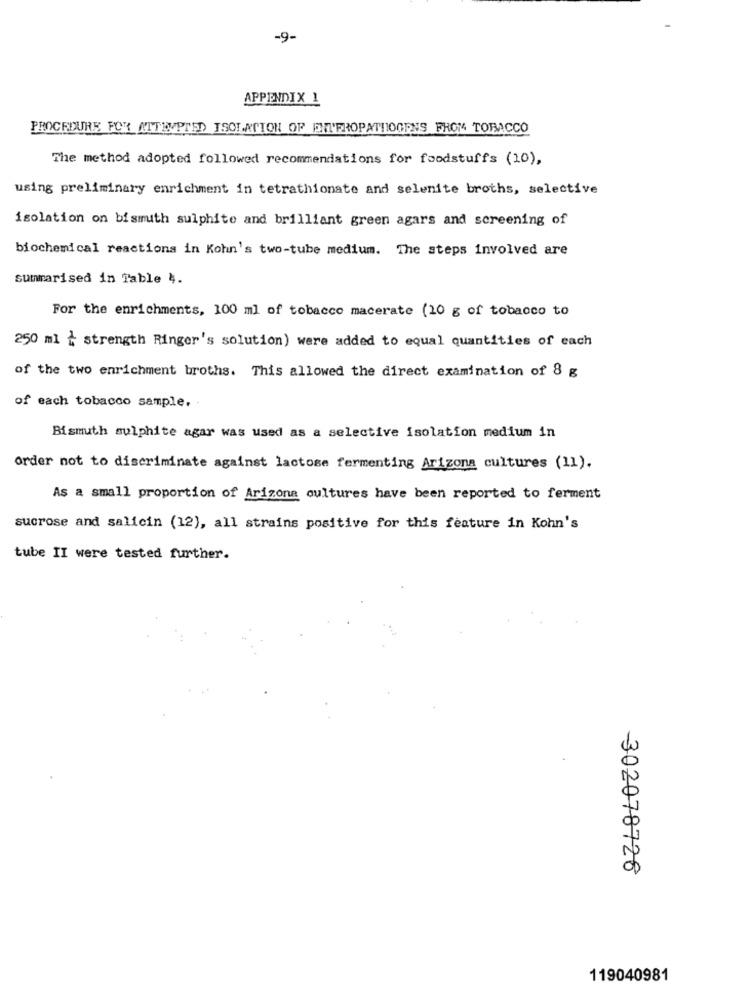
-9-
APPENDIX 1
PROCEDURE FOR ATTEMPTED ISOLATION OF ENTFROPATHOGENS FROM TOBACCO
The method adopted followed recommendations for foodstuffs (10),
using preliminary enrichment in tetrathionate and selenite broths, selective
isolation on bismuth sulphite and brilliant green agars and screening of
biochemical reactions in Kohn's two-tube medium. The steps involved are
summarised in Table 4.
For the enrichments, 100 ml of tobacco macerate (10 g of tobacco to
250 ml + strength Ringer's solution) were added to equal quantities of each
of the two enrichment broths. This allowed the direct examination of 8 g
of each tobacco sample.
Bismuth sulphite agar was used as a selective isolation medium in
order not to discriminate against lactose fermenting Arizona cultures (11).
As a small proportion of Arizona cultures have been reported to ferment
sucrose and salicin (12), all strains positive for this feature in Kohn's
tube II were tested further.
302078726
119040981